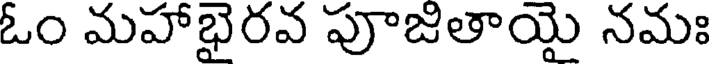
ఓం మహాభైరవ పూజితాయై నమః